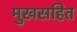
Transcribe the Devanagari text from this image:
मुखसहित